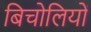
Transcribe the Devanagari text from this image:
बिचोलियों